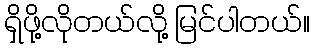
ရှိဖို့လိုတယ်လို့ မြင်ပါတယ်။